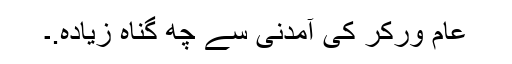
عام ورکر کی آمدنی سے چھ گناہ زیادہ.۔